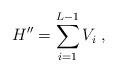
LaTeX: \begin{align*}H^{\prime \prime} = \sum^{L-1}_{i=1} V_i \; ,\end{align*}